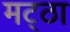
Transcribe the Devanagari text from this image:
मट्‌ठा